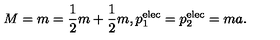
M = m = { \frac { 1 } { 2 } } m + { \frac { 1 } { 2 } } m , p _ { 1 } ^ { \mathrm { e l e c } } = p _ { 2 } ^ { \mathrm { e l e c } } = m a .